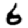
Digit: 6